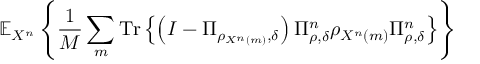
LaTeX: \mathbb { E } _ { X ^ { n } } \left\{ { \frac { 1 } { M } } \sum _ { m } { \mathrm { T r } } \left\{ \left( I - \Pi _ { \rho _ { X ^ { n } \left( m \right) } , \delta } \right) \Pi _ { \rho , \delta } ^ { n } \rho _ { X ^ { n } \left( m \right) } \Pi _ { \rho , \delta } ^ { n } \right\} \right\}